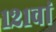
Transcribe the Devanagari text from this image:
१२१वां